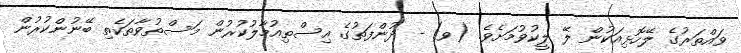
ވައްތަރުގެ ލޭހޮޅިއަކުން ލޭ ލީކުވުމަށެވެ. (ވ) - ދުންފަތުގެ އިސްތިއުމާލުކުރުން މަސްތުވާތަކެތި ބޭނުންކުރުން